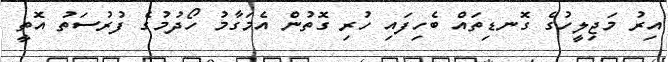
އިރު މަޖިލީހުގެ ގޮނޑިތައް ބެހިފައި ހުރި ގޮތުން އެމަގާމު ހޯދުމުގެ ފުރުސަތު އޮތީ